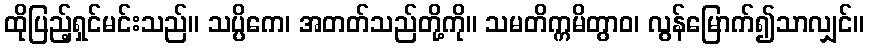
ထိုပြည့်ရှင်မင်းသည်။ သပ္ပိကေ၊ အတတ်သည်တို့ကို။ သမတိက္ကမိတွာဝ၊ လွန်မြောက်၍သာလျှင်။